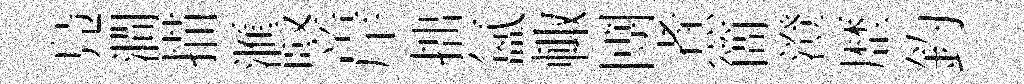
鳬澗描滙竪岸拙氲輙圑煮簡澄歴釣